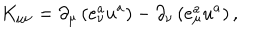
LaTeX: K _ { \mu \nu } = \partial _ { \mu } \left( e _ { \nu } ^ { a } u ^ { a } \right) - \partial _ { \nu } \left( e _ { \mu } ^ { a } u ^ { a } \right) ,